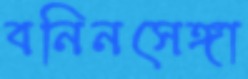
বনিনসেঙ্গা